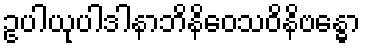
ဥပါယုပါဒါနာဘိနိဝေသဝိနိဗန္ဓော